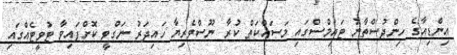
އިންޑިއާގެ ހިންދުސްތާނު ޓައިމްސްގައި މަސައްކަތް ކުރާ ނޫސްވެރިޔާ ހައިދަރު ނަގްވީ ކޮށްފައިވާ ޓުވީޓެއްގައި